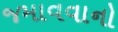
જમાવવાનો